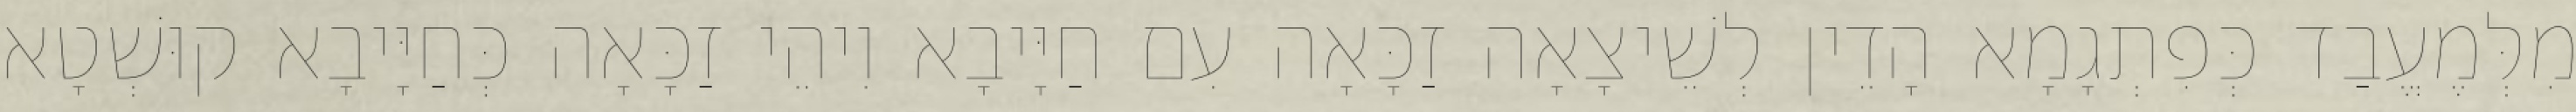
מִלְּמֶעֱבַד כְּפִתְגָמָא הָדֵין לְשֵׁיצָאָה זַכָּאָה עִם חַיָּיבָא וִיהֵי זַכָּאָה כְּחַיָּיבָא קוּשְׁטָא